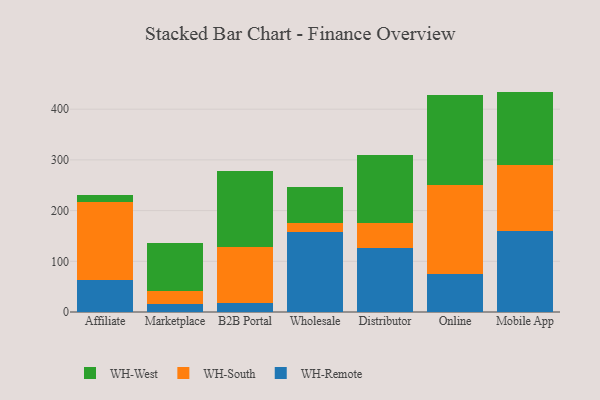
{"axis": {"x": "Channel", "y": "Headcount"}, "legend": ["WH-Remote", "WH-South", "WH-West"], "data": [{"x": "Affiliate", "y": 63.9, "type": "WH-Remote"}, {"x": "Affiliate", "y": 153.8, "type": "WH-South"}, {"x": "Affiliate", "y": 12.1, "type": "WH-West"}, {"x": "Marketplace", "y": 15.6, "type": "WH-Remote"}, {"x": "Marketplace", "y": 26.1, "type": "WH-South"}, {"x": "Marketplace", "y": 93.6, "type": "WH-West"}, {"x": "B2B Portal", "y": 17.0, "type": "WH-Remote"}, {"x": "B2B Portal", "y": 111.1, "type": "WH-South"}, {"x": "B2B Portal", "y": 150.5, "type": "WH-West"}, {"x": "Wholesale", "y": 158.5, "type": "WH-Remote"}, {"x": "Wholesale", "y": 17.9, "type": "WH-South"}, {"x": "Wholesale", "y": 70.6, "type": "WH-West"}, {"x": "Distributor", "y": 125.5, "type": "WH-Remote"}, {"x": "Distributor", "y": 50.2, "type": "WH-South"}, {"x": "Distributor", "y": 134.3, "type": "WH-West"}, {"x": "Online", "y": 74.1, "type": "WH-Remote"}, {"x": "Online", "y": 177.2, "type": "WH-South"}, {"x": "Online", "y": 176.0, "type": "WH-West"}, {"x": "Mobile App", "y": 159.5, "type": "WH-Remote"}, {"x": "Mobile App", "y": 130.3, "type": "WH-South"}, {"x": "Mobile App", "y": 144.9, "type": "WH-West"}]}